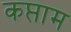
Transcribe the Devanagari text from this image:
कप्ताम